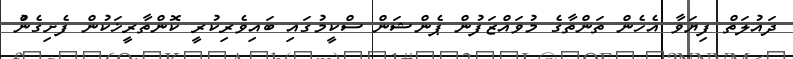
ދައުލަތް ފިޔަވާ އެހެން ތަންތާގެ މުވައްޒަފުން ޕެންޝަން ސްކީމުގައި ބައިވެރިކުރީ ކޮންތާރީޚަކުން ފެށިގެންު